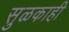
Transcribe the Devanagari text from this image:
सुळकाही